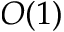
O ( 1 )